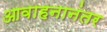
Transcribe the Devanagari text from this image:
आवाहनानंतर